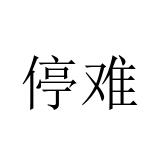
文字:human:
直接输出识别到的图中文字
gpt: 停难